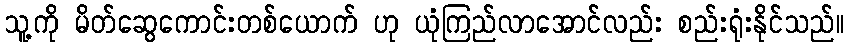
သူ့ကို မိတ်ဆွေကောင်းတစ်ယောက် ဟု ယုံကြည်လာအောင်လည်း စည်းရုံးနိုင်သည်။